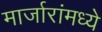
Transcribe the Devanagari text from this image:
मार्जारांमध्ये